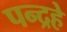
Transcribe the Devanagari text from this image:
पन्द्रहे